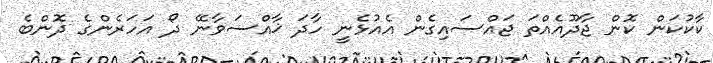
ކާކުކަން ކޮން ޖާދޫއެއްތަ ޖައްސައިގެން އެއުޅެނީ ހާދަ ޚާއްސަވާނޭ ދޯ އަހަރެންގެ ދޮންބެ